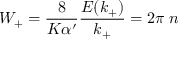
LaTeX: W _ { + } = \frac { 8 } { K \alpha ^ { \prime } } \frac { E ( k _ { + } ) } { k _ { + } } = 2 \pi \; n